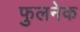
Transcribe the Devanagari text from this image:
फुलनेक